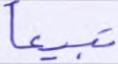
تبيعا